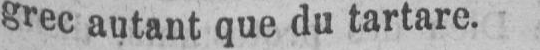
grec autant que du tartare.